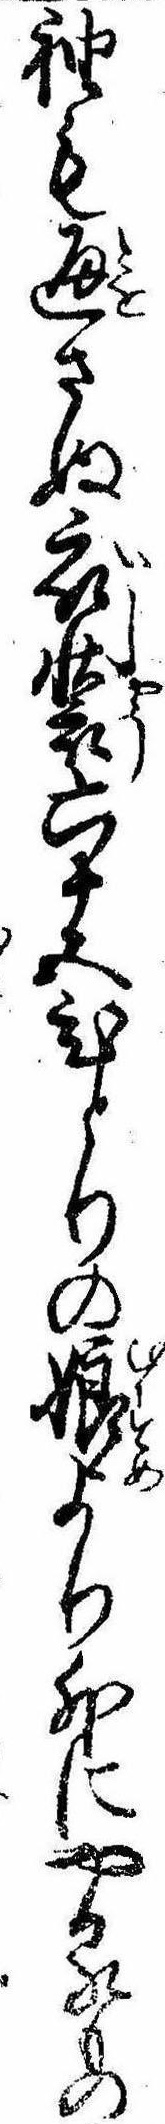
袖も通さぬ衣装六十五ひとりの娘より外にやるもの